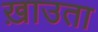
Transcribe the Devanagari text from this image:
ख़ाउता